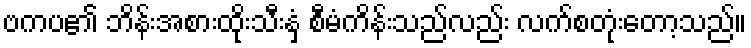
ဗကပ၏ ဘိန်းအစားထိုးသီးနှံ စီမံကိန်းသည်လည်း လက်စတုံးတော့သည်။